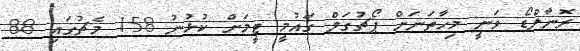
ރޮނާލްޑޯ ވަނީ މިހާތަނަށް ޕޯޗުގަލް ގައުމީ ޓީމަށް ކުޅުނު 158 މެޗުގައި 88